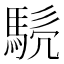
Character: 𩣤